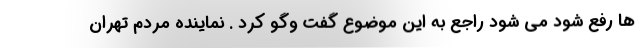
ها رفع شود می شود راجع به این موضوع گفت وگو کرد . نماینده مردم تهران